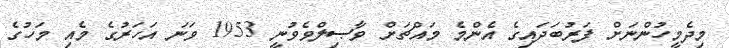
މިދެމީހުންނަށް ފަރުބަދައިގެ އެންމެ މައްޗަށް ވާޞިލްވެވުނީ 1953 ވަނަ އަހަރުގެ މެއި މަހުގެ